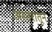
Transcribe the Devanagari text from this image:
अस्तरातून